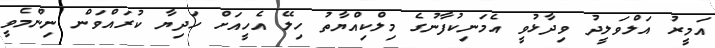
އަމީރު އަލްވަލީދު ވިދާޅުވީ އެމަނިކުފާނުގެ މިލްކިއްޔާތު ހިލޭ އެހީއަށް ހަދިޔާ ކުރައްވަން ނިންމެވީ